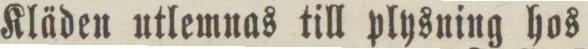
Kläden utlemnas till plysning hos